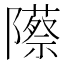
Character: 𬯡